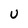
Character: u